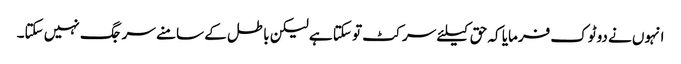
انہوں نے دوٹوک فرمایا کہ حق کیلئے سر کٹ تو سکتا ہے لیکن باطل کے سامنے سر جگ نہیں سکتا۔